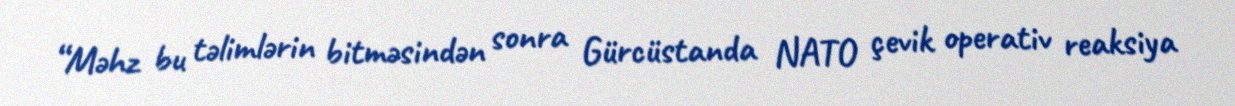
“Məhz bu təlimlərin bitməsindən sonra Gürcüstanda NATO çevik operativ reaksiya